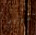
تدوير